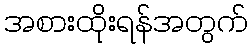
အစားထိုးရန်အတွက်